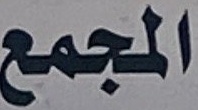
المجمع